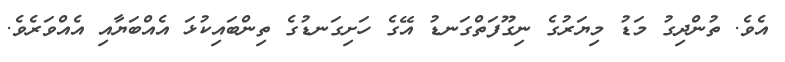
އެވެ. ތުންދިގު މަޑު މިޔަރުގެ ނިގޫފަތްގަނޑު އޭގެ ހަށިގަނޑުގެ ތިންބައިކުޅަ އެއްބަޔާއި އެއްވަރެވެ.